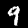
Label: 9